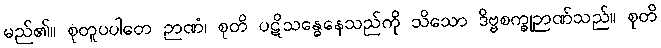
မည်၏။ စုတူပပါတေ ဉာဏံ၊ စုတိ ပဋိသန္ဓေနေသည်ကို သိသော ဒိဗ္ဗစက္ခုဉာဏ်သည်။ စုတိ